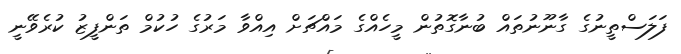
ފަލަސްތީނުގެ ގާނޫނުތައް ބުނާގޮތުން މީހެއްގެ މައްޗަށް އިއްވާ މަރުގެ ހުކުމް ތަންފީޒު ކުރެވޭނީ